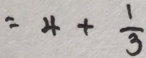
= 4 + \frac { 1 } { 3 }